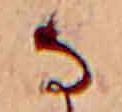
な